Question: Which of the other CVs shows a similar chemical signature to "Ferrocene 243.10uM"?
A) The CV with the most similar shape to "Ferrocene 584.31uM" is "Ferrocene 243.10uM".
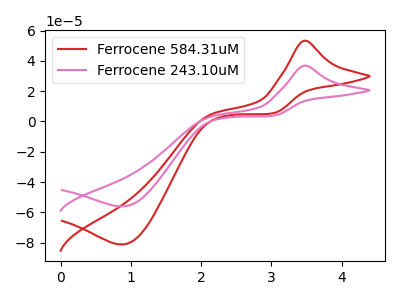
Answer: <think>The red curve "Ferrocene 584.31uM" has an anodic peak at (3.45V, 53.30uA) and a cathodic peak at (0.90V, -81.25uA). The pink curve "Ferrocene 243.10uM" has an anodic peak at (3.45V, 36.80uA) and a cathodic peak at (0.90V, -56.10uA).
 All the peaks in "Ferrocene 584.31uM" have a peak in "Ferrocene 243.10uM" at the same potential. Every peak in "Ferrocene 584.31uM" is higher than every peak in "Ferrocene 243.10uM".</think>
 <answer>A) The CV with the most similar shape to "Ferrocene 584.31uM" is "Ferrocene 243.10uM".</answer>
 <eval>A</eval>